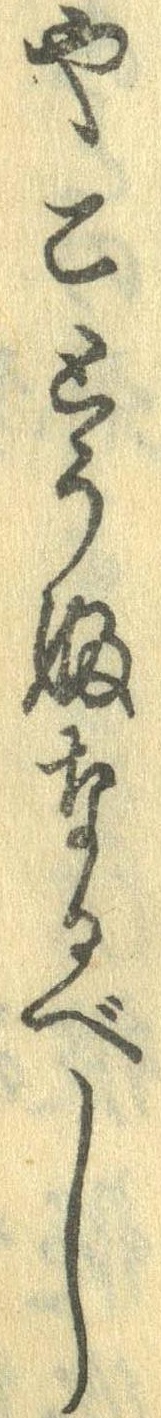
やことうふなるべし